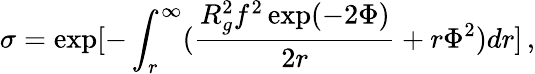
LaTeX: \sigma=\exp[-\int_{r}^{\infty}(\frac{R_{g}^{2}f^{2}\exp(-2\Phi)}{2r}+r\Phi^{2})dr]\, ,